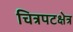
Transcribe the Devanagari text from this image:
चित्रपटक्षेत्र